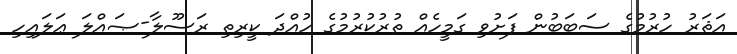
އަޘަރު ހުރުމުގެ ސަބަބުން ފަށުވި ގަމީހެއް ތުރުކުރުމުގެ ހުއްދަ ކީރިތި ރަސޫލާ-ޞައްލަ ޢަލައިހި